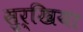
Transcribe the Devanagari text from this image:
सुर्खिया